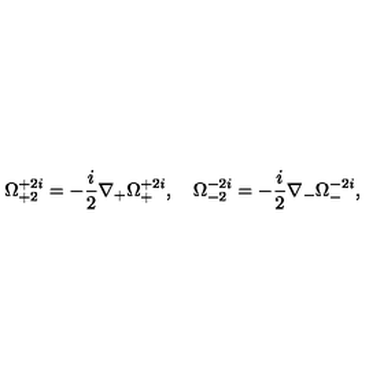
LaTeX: \Omega _ { + 2 } ^ { + 2 i } = - \frac { i } { 2 } \nabla _ { + } \Omega _ { + } ^ { + 2 i } , \quad \Omega _ { - 2 } ^ { - 2 i } = - \frac { i } { 2 } \nabla _ { - } \Omega _ { - } ^ { - 2 i } ,